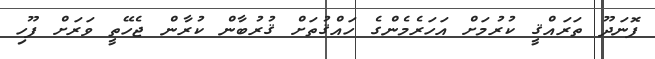
ފޮނަދޫ ތަރައްޤީ ކުރުމަށް އަހަރެމެންގެ ހައްޤުތަށް ޤުރުބާން ކުރާން ޖެހޭތީ ވަރަށް ފޫހި